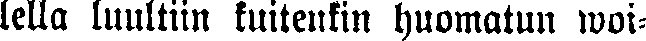
lella luultiin kuitenkin huomatun woi-